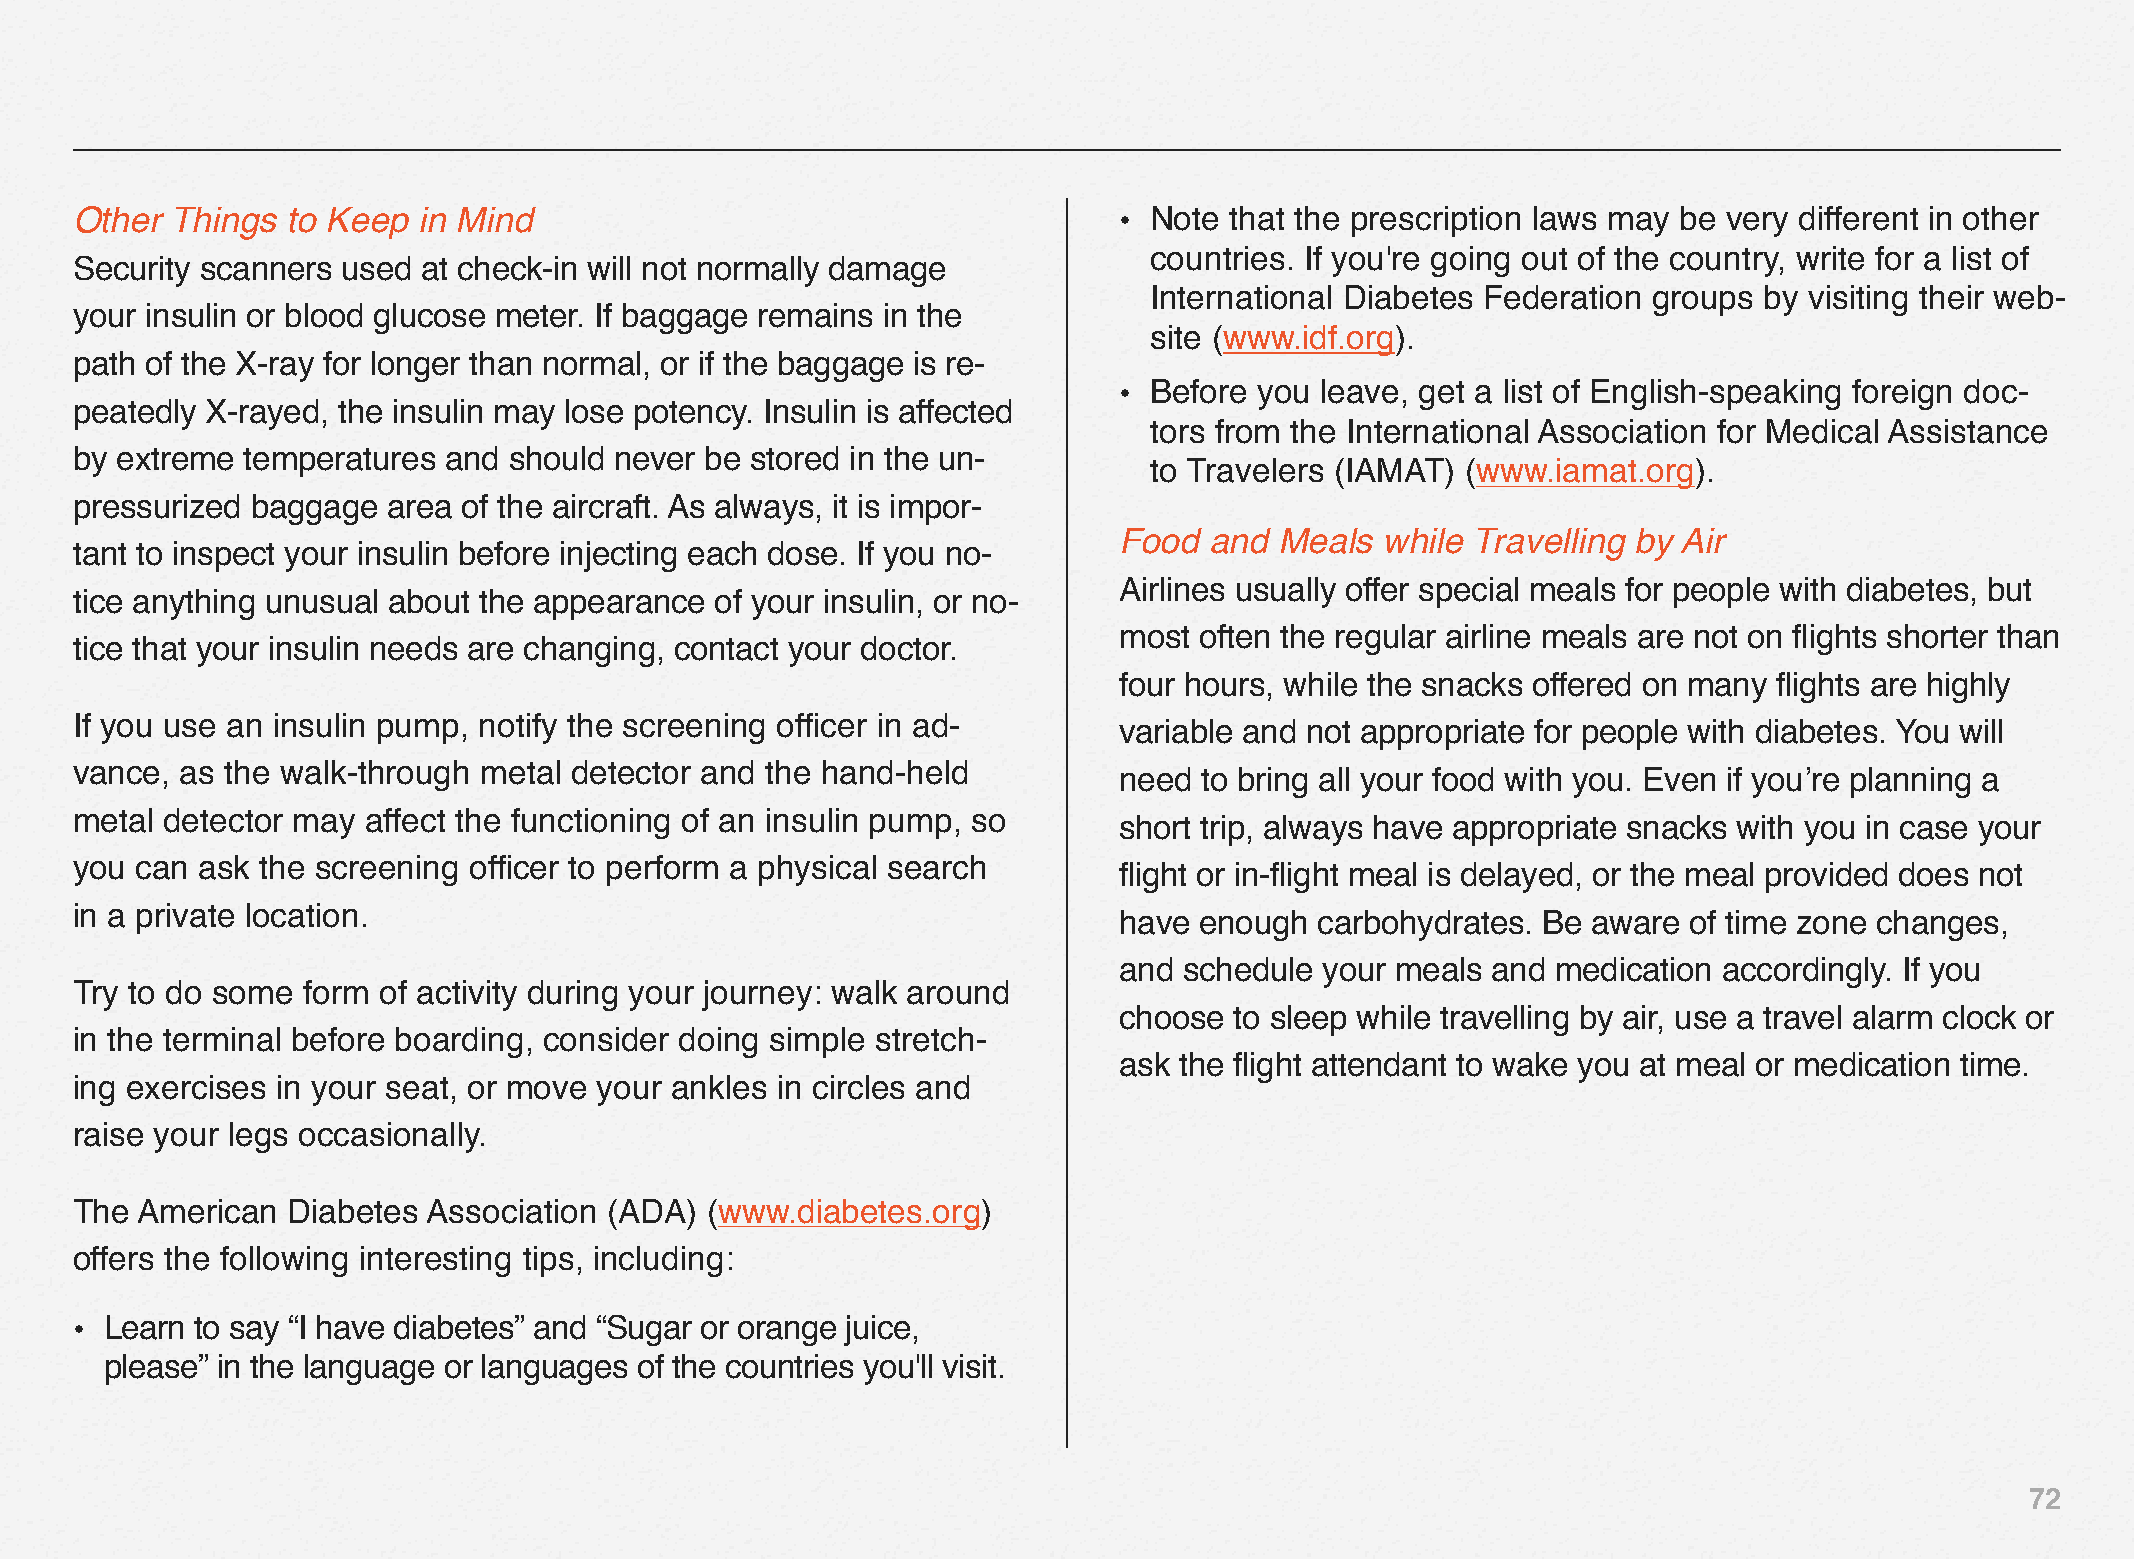
Other Things  to Keep  in Mind                                       • Note that the prescription laws may be very different in other
 countries. If you're going out of the country, write for a list of
 Security scanners used at check-in will not normally damage
 International Diabetes Federation groups by visiting their web-
 your insulin or blood glucose meter. If baggage remains in the
 site (www.idf.org).
 path of the X-ray for longer than normal, or if the baggage is re-
 • Before you leave, get a list of English-speaking foreign doc-
 peatedly X-rayed, the insulin may lose potency. Insulin is affected
 tors from the International Association for Medical Assistance
 by extreme temperatures and  should never be stored in the un-
 to Travelers (IAMAT) (www.iamat.org).
 pressurized baggage  area of the aircraft. As always, it is impor-
 Food  and  Meals  while Travelling by Air
 tant to inspect your insulin before injecting each dose. If you no-
 Airlines usually offer special meals for people with diabetes, but
 tice anything unusual about the appearance of your insulin, or no-
 most often the regular airline meals are not on flights shorter than
 tice that your insulin needs are changing, contact your doctor.
 four hours, while the snacks offered on many flights are highly
 If you use an insulin pump, notify the screening officer in ad-
 variable and not appropriate for people with diabetes. You will
 vance, as the walk-through metal detector and the hand-held
 need to bring all your food with you. Even if you’re planning a
 metal detector may affect the functioning of an insulin pump, so
 short trip, always have appropriate snacks with you in case your
 you can ask the screening officer to perform a physical search
 flight or in-flight meal is delayed, or the meal provided does not
 in a private location.
 have enough  carbohydrates. Be aware  of time zone changes,
 and schedule  your meals and medication accordingly. If you
 Try to do some form of activity during your journey: walk around
 choose  to sleep while travelling by air, use a travel alarm clock or
 in the terminal before boarding, consider doing simple stretch-
 ask the flight attendant to wake you at meal or medication time.
 ing exercises in your seat, or move your ankles in circles and
 raise your legs occasionally.
 The American  Diabetes Association (ADA)  (www.diabetes.org)
 offers the following interesting tips, including:
 • Learn to say “I have diabetes” and “Sugar or orange juice,
 please” in the language or languages of the countries you'll visit.
 72